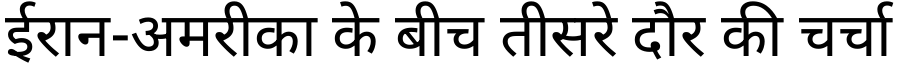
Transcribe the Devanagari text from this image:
ईरान-अमरीका के बीच तीसरे दौर की चर्चा